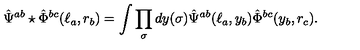
\hat { \Psi } ^ { a b } \star \hat { \Phi } ^ { b c } ( \ell _ { a } , r _ { b } ) = \int \prod _ { \sigma } d y ( \sigma ) \hat { \Psi } ^ { a b } ( \ell _ { a } , y _ { b } ) \hat { \Phi } ^ { b c } ( y _ { b } , r _ { c } ) .